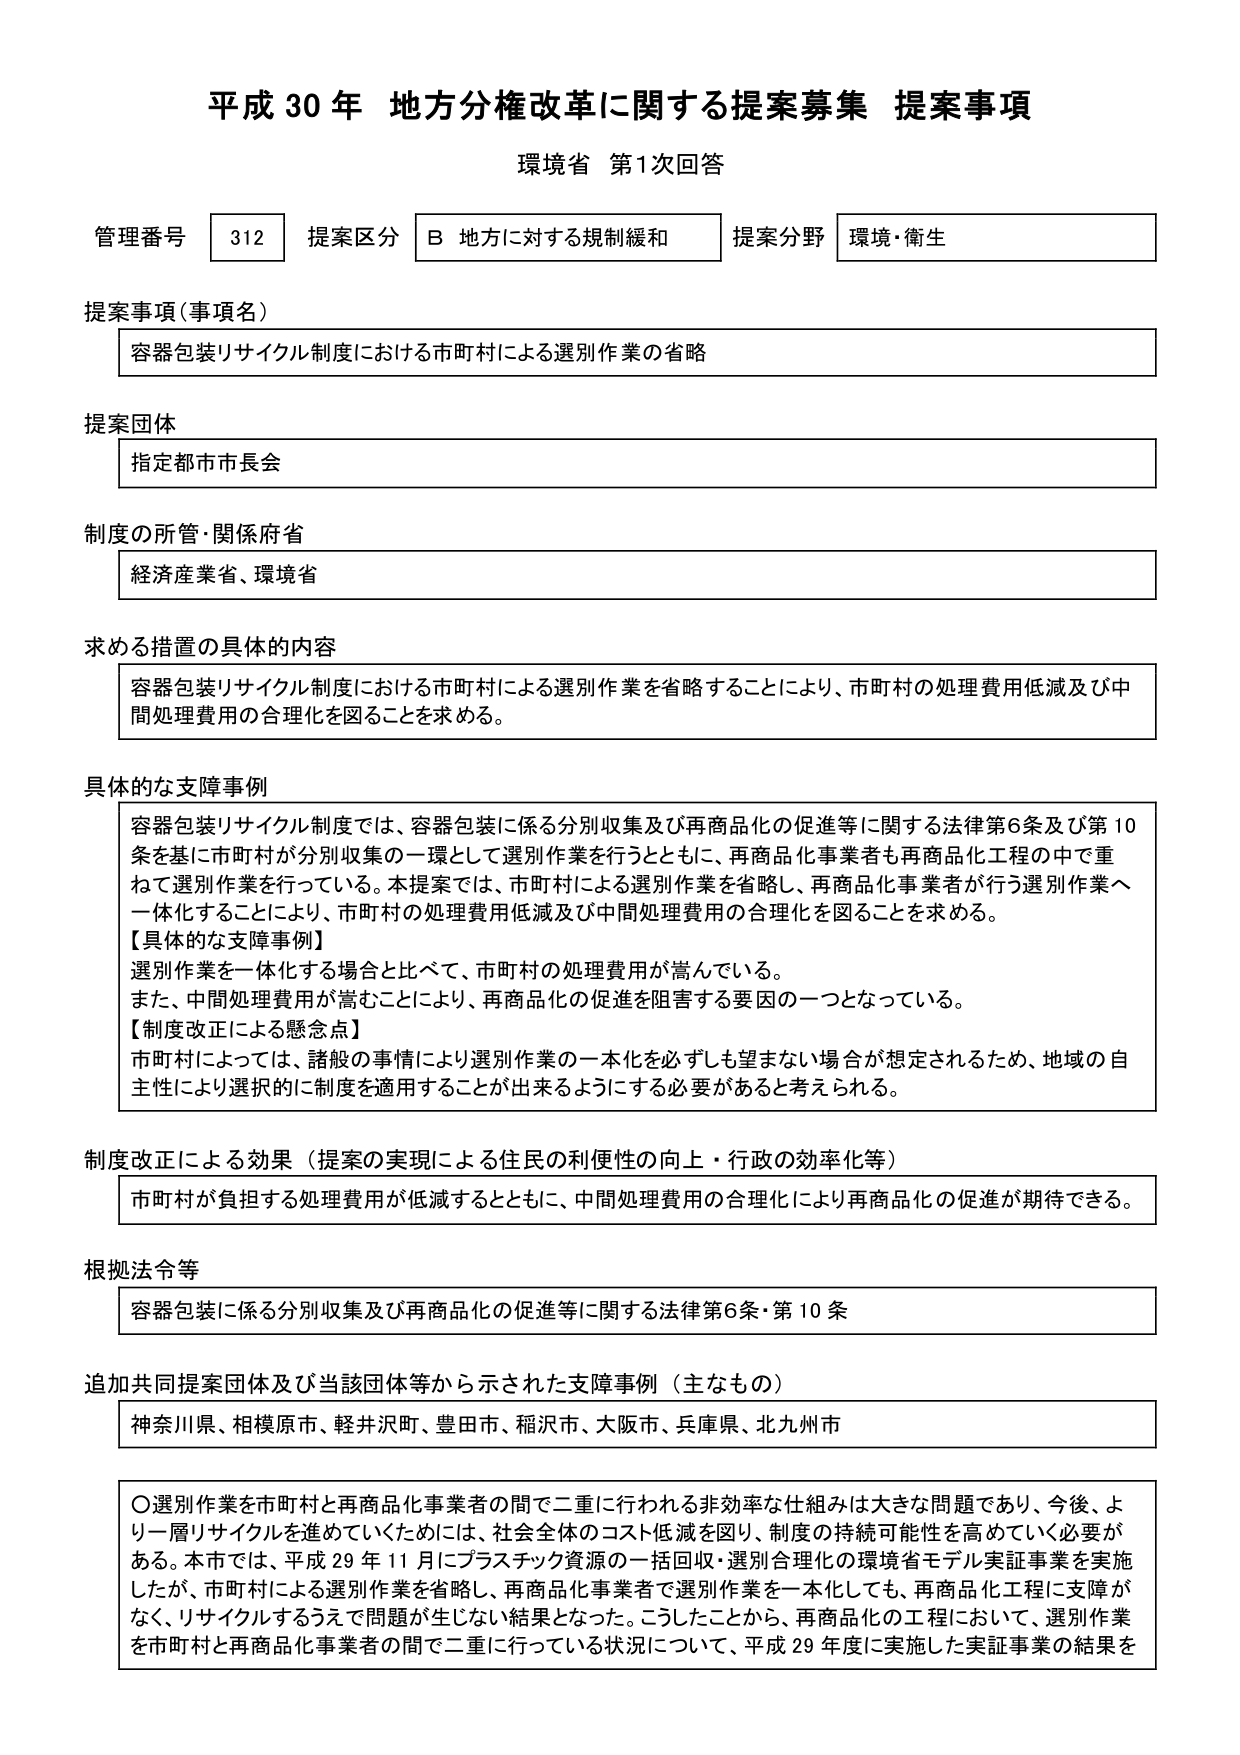
平成30年 地方分権改革に関する提案募集 提案事項
環境省 第1次回答

管理番号 312 提案区分 B 地方に対する規制緩和 提案分野 環境・衛生

提案事項（事項名）
容器包装リサイクル制度における市町村による選別作業の省略

提案団体
指定都市市長会

制度の所管・関係府省
経済産業省、環境省

求める措置の具体的内容
容器包装リサイクル制度における市町村による選別作業を省略することにより、市町村の処理費用低減及び中間処理費用の合理化を図ることを求める。

具体的な支障事例
容器包装リサイクル制度では、容器包装に係る分別収集及び再商品化の促進等に関する法律第6条及び第10条を基に市町村が分別収集の一環として選別作業を行うとともに、再商品化事業者も再商品化工程の中で重ねて選別作業を行っている。本提案では、市町村による選別作業を省略し、再商品化事業者が行う選別作業へ一体化することにより、市町村の処理費用低減及び中間処理費用の合理化を図ることを求める。
【具体的な支障事例】
選別作業を一体化する場合と比べて、市町村の処理費用が嵩んでいる。
また、中間処理費用が嵩むことにより、再商品化の促進を阻害する要因の一つとなっている。
【制度改正による懸念点】
市町村によっては、諸般の事情により選別作業の一体化を必ずしも望まない場合が想定されるため、地域の自主性により選択的に制度を適用することができるようになる必要があると考えられる。

制度改正による効果（提案の実現による住民の利便性の向上・行政の効率化等）
市町村が負担する処理費用が低減するとともに、中間処理費用の合理化により再商品化の促進が期待できる。

根拠法令等
容器包装に係る分別収集及び再商品化の促進等に関する法律第6条・第10条

追加共同提案団体及び当該団体等から示された支障事例（主なもの）
神奈川県、相模原市、軽井沢町、豊田市、稲沢市、大阪市、兵庫県、北九州市

〇選別作業を市町村と再商品化事業者の間で二重に行われる非効率な仕組みは大きな問題であり、今後、より一層リサイクルを進めていくためには、社会全体のコスト低減を図り、制度の持続可能性を高めていく必要がある。本市では、平成29年11月にプラスチック資源の一括回収・選別合理化の環境省モデル実証事業を実施したが、市町村による選別作業を省略し、再商品化事業者で選別作業を一体化しても、再商品化工程に支障がなく、リサイクルするうえで問題が生じない結果となった。こうしたことから、再商品化の工程において、選別作業を市町村と再商品化事業者の間で二重に行っている状況について、平成29年度に実施した実証事業の結果を